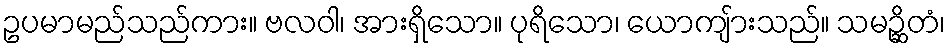
ဥပမာမည်သည်ကား။ ဗလဝါ၊ အားရှိသော။ ပုရိသော၊ ယောကျ်ားသည်။ သမဉ္ဆိတံ၊